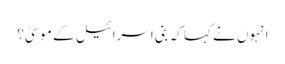
انہوں نے کہا کہ بنی اسرائیل کے موسیٰ؟